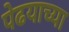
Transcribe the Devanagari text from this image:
पेढयाच्या